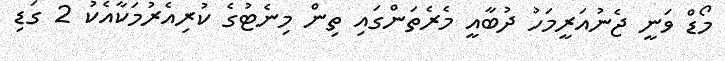
މޯޑް ވަނީ ޖެނުއަރީމަހު ދުބާއީ މެރެތަންގައި ތިން މިނެޓުގެ ކުރިއެރުމަކާއެކު 2 ގަޑި